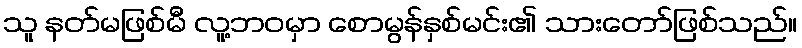
သူ နတ်မဖြစ်မီ လူ့ဘဝမှာ စောမွန်နှစ်မင်း၏ သားတော်ဖြစ်သည်။